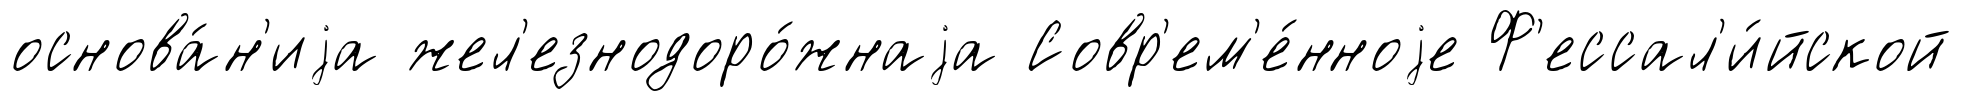
основа́н'иjа жел'езнодоро́жнаjа Совр'ем'е́нноjе Ф'ессал'и́йской